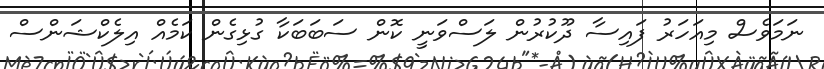
ނަމަވެސް މިއަހަރު ފައިސާ ދޫކުރުން ލަސްވަނީ ކޮން ސަބަބަކާ ގުޅިގެން ކަމެއް އިލެކްޝަންސް